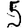
Digit: 5